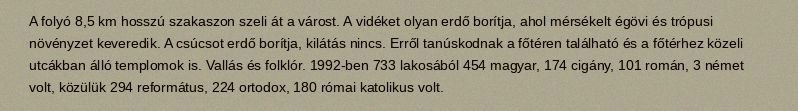
A folyó 8,5 km hosszú szakaszon szeli át a várost. A vidéket olyan erdő borítja, ahol mérsékelt égövi és trópusi növényzet keveredik. A csúcsot erdő borítja, kilátás nincs. Erről tanúskodnak a főtéren található és a főtérhez közeli utcákban álló templomok is. Vallás és folklór. 1992-ben 733 lakosából 454 magyar, 174 cigány, 101 román, 3 német volt, közülük 294 református, 224 ortodox, 180 római katolikus volt.